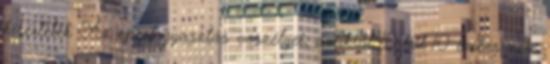
kísérletek Az eperfogyasztás veszélyei, amikről 10-ből 10 ember nem